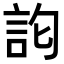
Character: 𮗽